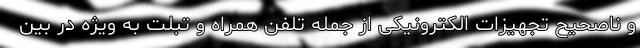
و ناصحیح تجهیزات الکترونیکی از جمله تلفن همراه و تبلت به ویژه در بین